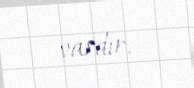
vardır.